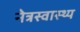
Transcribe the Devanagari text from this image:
नेत्रस्वास्थ्य